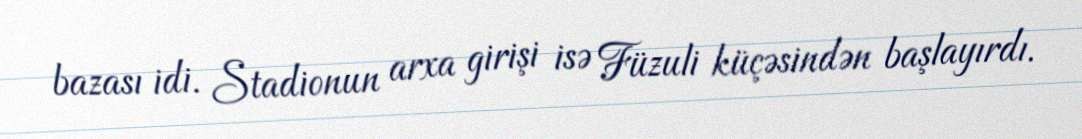
bazası idi. Stadionun arxa girişi isə Füzuli küçəsindən başlayırdı.